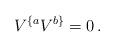
LaTeX: \begin{align*}V^{ \{ a } V^{b\}}=0\,. \end{align*}